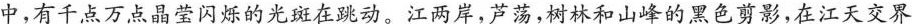
中，有千点万点晶莹闪烁的光斑在跳动。江两岸，芦荡，树林和山峰的黑色剪影，在江天交界